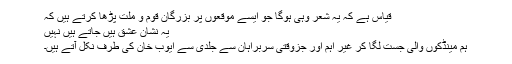
قیاس ہے کہ یہ شعر وہی ہوگا جو ایسے موقعوں پر بزرگان قوم و ملت پڑھا کرتے ہیں کہ
یہ نشان عشق ہیں جاتے ہیں نہیں
ہم مینڈکوں والی جست لگا کر غیر اہم اور جزوقتی سربراہان سے جلدی سے ایوب خان کی طرف نکل آتے ہیں۔